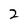
Character: 2